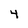
Character: 4